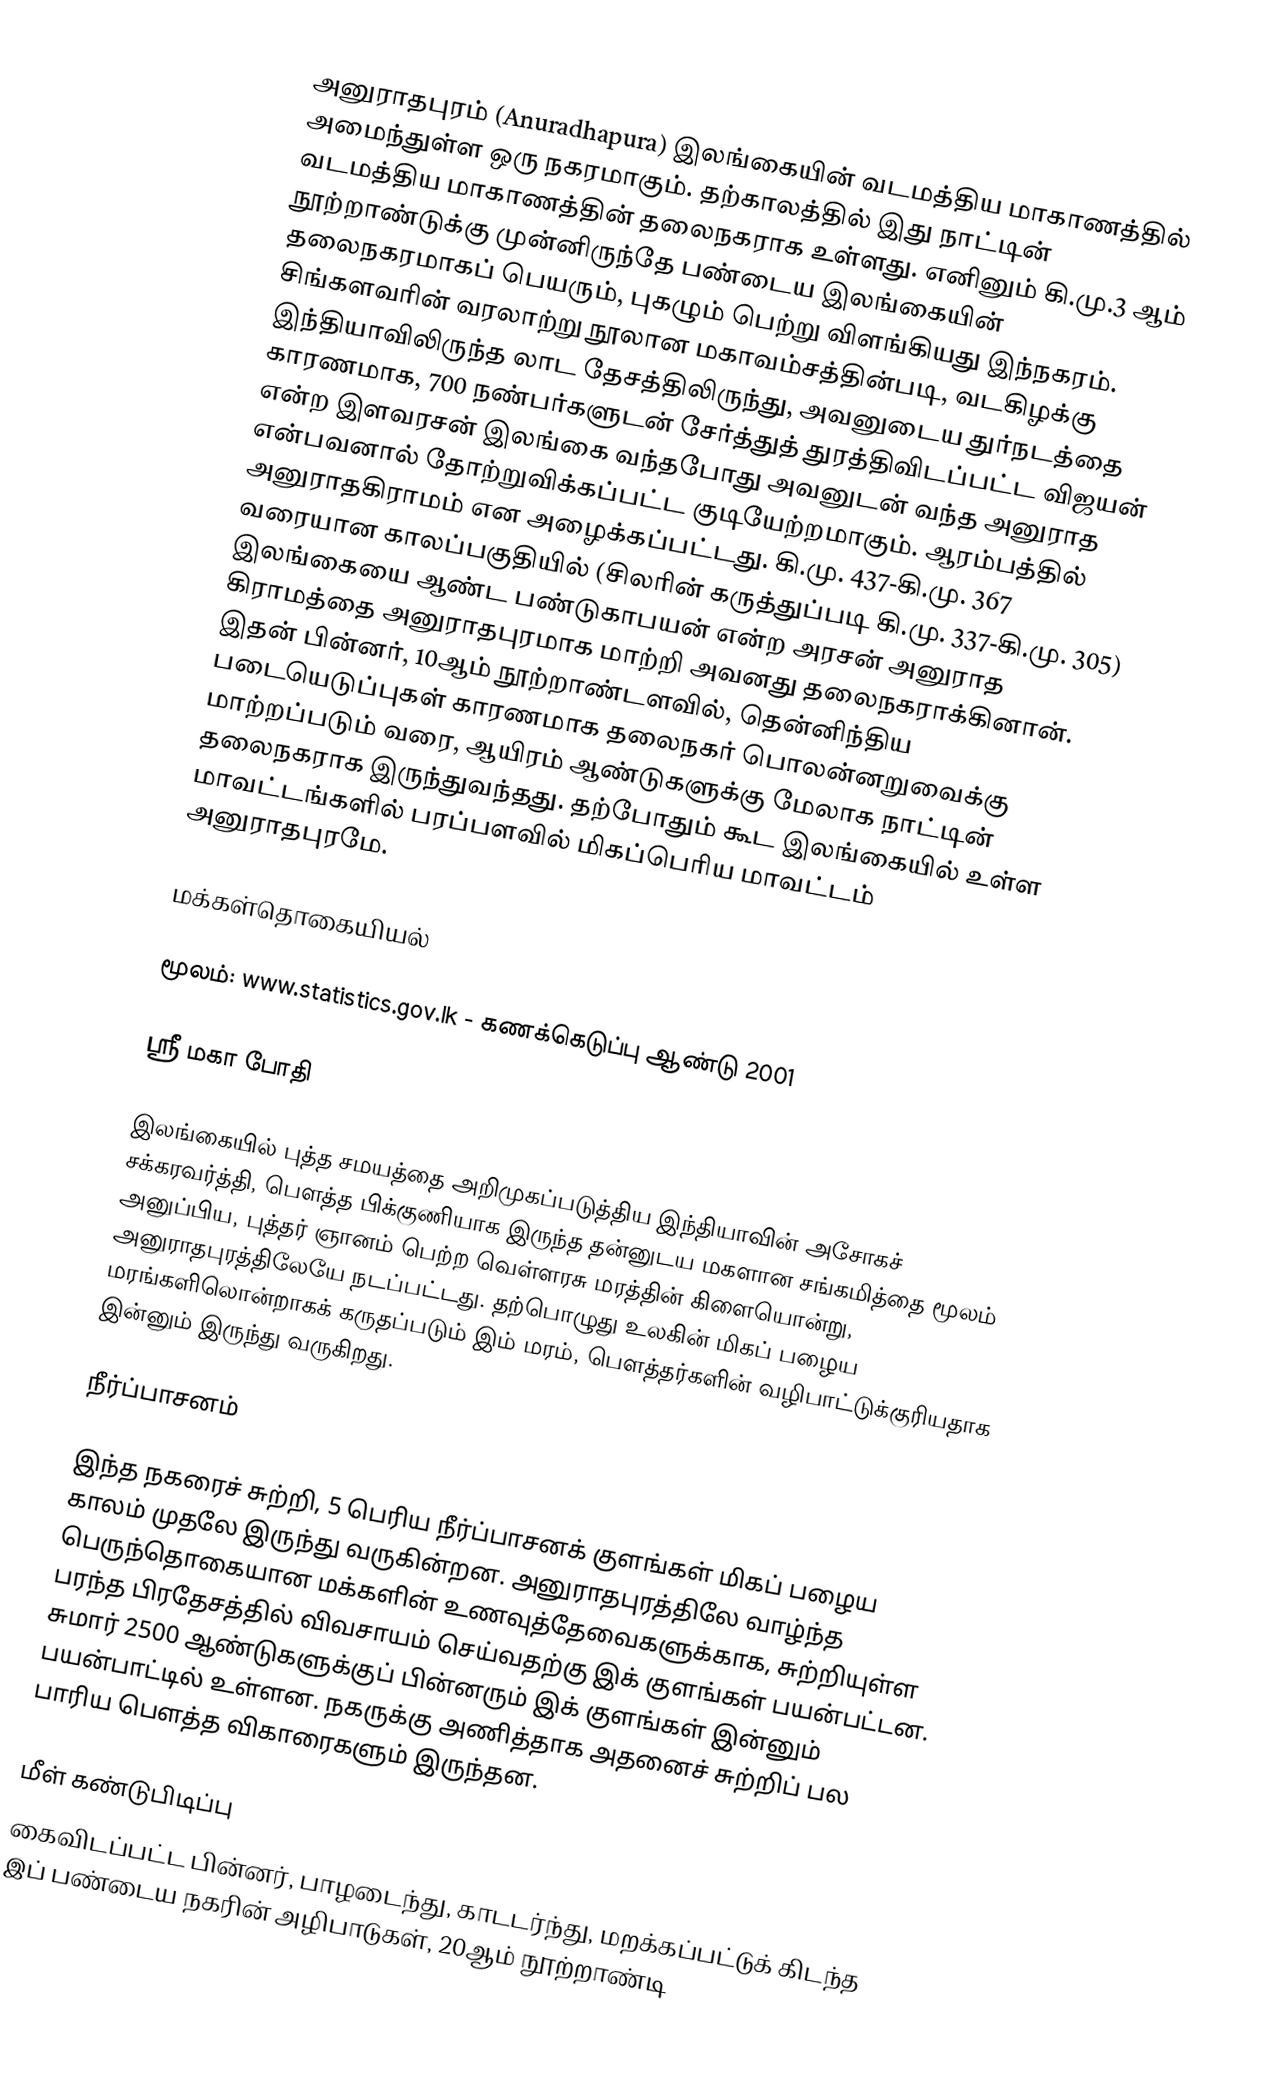
அனுராதபுரம் (Anuradhapura) இலங்கையின் வடமத்திய மாகாணத்தில் அமைந்துள்ள ஒரு நகரமாகும். தற்காலத்தில் இது நாட்டின் வடமத்திய மாகாணத்தின் தலைநகராக உள்ளது. எனினும் கி.மு.3 ஆம் நூற்றாண்டுக்கு முன்னிருந்தே பண்டைய இலங்கையின் தலைநகரமாகப் பெயரும், புகழும் பெற்று விளங்கியது இந்நகரம். சிங்களவரின் வரலாற்று நூலான மகாவம்சத்தின்படி, வடகிழக்கு இந்தியாவிலிருந்த லாட தேசத்திலிருந்து, அவனுடைய துர்நடத்தை காரணமாக, 700 நண்பர்களுடன் சேர்த்துத் துரத்திவிடப்பட்ட விஜயன் என்ற இளவரசன் இலங்கை வந்தபோது அவனுடன் வந்த அனுராத என்பவனால் தோற்றுவிக்கப்பட்ட குடியேற்றமாகும். ஆரம்பத்தில் அனுராதகிராமம் என அழைக்கப்பட்டது. கி.மு. 437-கி.மு. 367 வரையான காலப்பகுதியில் (சிலரின் கருத்துப்படி கி.மு. 337-கி.மு. 305)  இலங்கையை ஆண்ட பண்டுகாபயன் என்ற அரசன் அனுராத கிராமத்தை அனுராதபுரமாக மாற்றி அவனது தலைநகராக்கினான். இதன் பின்னர், 10ஆம் நூற்றாண்டளவில், தென்னிந்திய படையெடுப்புகள் காரணமாக தலைநகர் பொலன்னறுவைக்கு மாற்றப்படும் வரை, ஆயிரம் ஆண்டுகளுக்கு மேலாக நாட்டின் தலைநகராக இருந்துவந்தது. தற்போதும் கூட இலங்கையில் உள்ள மாவட்டங்களில் பரப்பளவில் மிகப்பெரிய மாவட்டம் அனுராதபுரமே.

மக்கள்தொகையியல்

மூலம்: www.statistics.gov.lk  - கணக்கெடுப்பு ஆண்டு 2001

ஸ்ரீ மகா போதி

இலங்கையில் புத்த சமயத்தை அறிமுகப்படுத்திய இந்தியாவின் அசோகச் சக்கரவர்த்தி, பௌத்த பிக்குணியாக இருந்த தன்னுடய மகளான சங்கமித்தை மூலம் அனுப்பிய, புத்தர் ஞானம் பெற்ற வெள்ளரசு மரத்தின் கிளையொன்று, அனுராதபுரத்திலேயே நடப்பட்டது. தற்பொழுது உலகின் மிகப் பழைய மரங்களிலொன்றாகக் கருதப்படும் இம் மரம், பௌத்தர்களின் வழிபாட்டுக்குரியதாக இன்னும் இருந்து வருகிறது.

நீர்ப்பாசனம்

இந்த நகரைச் சுற்றி, 5 பெரிய நீர்ப்பாசனக் குளங்கள் மிகப் பழைய காலம் முதலே இருந்து வருகின்றன. அனுராதபுரத்திலே வாழ்ந்த பெருந்தொகையான மக்களின் உணவுத்தேவைகளுக்காக, சுற்றியுள்ள பரந்த பிரதேசத்தில் விவசாயம் செய்வதற்கு இக் குளங்கள் பயன்பட்டன. சுமார் 2500 ஆண்டுகளுக்குப் பின்னரும் இக் குளங்கள் இன்னும் பயன்பாட்டில் உள்ளன. நகருக்கு அணித்தாக அதனைச் சுற்றிப் பல பாரிய பௌத்த விகாரைகளும் இருந்தன.

மீள் கண்டுபிடிப்பு
கைவிடப்பட்ட பின்னர், பாழடைந்து, காடடர்ந்து, மறக்கப்பட்டுக் கிடந்த இப் பண்டைய நகரின் அழிபாடுகள், 20ஆம் நூற்றாண்டி